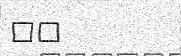
٣٩